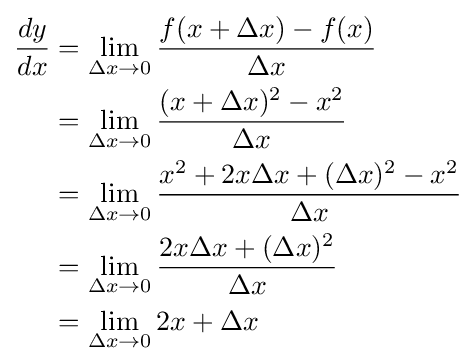
{\begin{aligned}{\frac {dy}{dx}}&=\lim _{\Delta x\to 0}{\frac {f(x+\Delta x)-f(x)}{\Delta x}}\\&=\lim _{\Delta x\to 0}{\frac {(x+\Delta x)^{2}-x^{2}}{\Delta x}}\\&=\lim _{\Delta x\to 0}{\frac {x^{2}+2x\Delta x+(\Delta x)^{2}-x^{2}}{\Delta x}}\\&=\lim _{\Delta x\to 0}{\frac {2x\Delta x+(\Delta x)^{2}}{\Delta x}}\\&=\lim _{\Delta x\to 0}2x+\Delta x\\\end{aligned}}